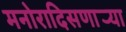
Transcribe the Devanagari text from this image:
मनोरादिसणार्‍या